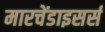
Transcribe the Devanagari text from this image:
मारचेंडाइसर्स